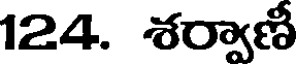
124. శర్వాణీ